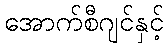
အောက်စီဂျင်နှင့်